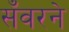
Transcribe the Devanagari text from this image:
सँवरने